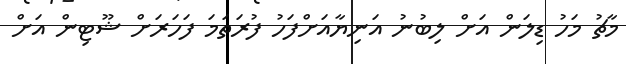
މާޗު މަހު ޑިލަން އަށް ލިބުނު އަނިޔާއަށްފަހު ފުރަތަމަ ފަހަރަށް ޝޫޓިން އަށް